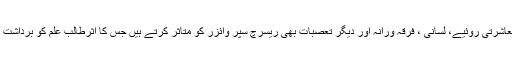
کبھی کبھار معاشرتی روئیے، لسانی ، فرقہ ورانہ اور دیگر تعصبات بھی ریسرچ سپر وائزر کو متاثر کرتے ہیں جس کا اثرطالب علم کو برداشت کرنا پڑتا ہے۔